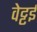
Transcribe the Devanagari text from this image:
वेट्टई